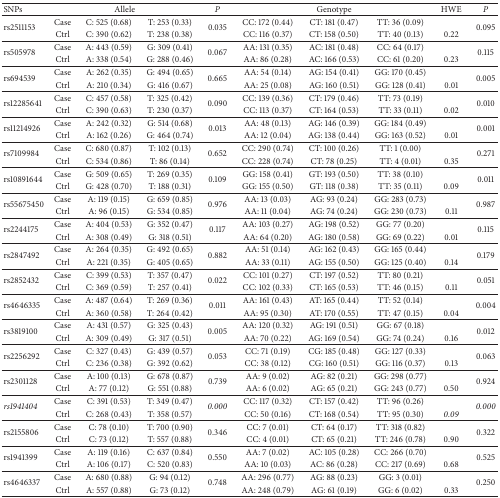
<table><thead><tr><td><b>SNPs</b></td><td colspan="3"><b>Allele</b></td><td><b><i>P</i></b></td><td colspan="3"><b>Genotype</b></td><td><b>HWE</b></td><td><b><i>P</i></b></td></tr></thead><tbody><tr><td rowspan="2">rs2511153</td><td>Case</td><td>C: 525 (0.68)</td><td>T: 253 (0.33)</td><td rowspan="2">0.035</td><td>CC: 172 (0.44)</td><td>CT: 181 (0.47)</td><td>TT: 36 (0.09)</td><td> </td><td rowspan="2">0.095</td></tr><tr><td>Ctrl</td><td>C: 390 (0.62)</td><td>T: 238 (0.38)</td><td>CC: 116 (0.37)</td><td>CT: 158 (0.50)</td><td>TT: 40 (0.13)</td><td>0.22</td></tr><tr><td rowspan="2">rs505978</td><td>Case</td><td>A: 443 (0.59)</td><td>G: 309 (0.41)</td><td rowspan="2">0.067</td><td>AA: 131 (0.35)</td><td>AC: 181 (0.48)</td><td>CC: 64 (0.17)</td><td> </td><td rowspan="2">0.115</td></tr><tr><td>Ctrl</td><td>A: 338 (0.54)</td><td>G: 288 (0.46)</td><td>AA: 86 (0.28)</td><td>AC: 166 (0.53)</td><td>CC: 61 (0.20)</td><td>0.23</td></tr><tr><td rowspan="2">rs694539</td><td>Case</td><td>A: 262 (0.35)</td><td>G: 494 (0.65)</td><td rowspan="2">0.665</td><td>AA: 54 (0.14)</td><td>AG: 154 (0.41)</td><td>GG: 170 (0.45)</td><td> </td><td rowspan="2">0.005</td></tr><tr><td>Ctrl</td><td>A: 210 (0.34)</td><td>G: 416 (0.67)</td><td>AA: 25 (0.08)</td><td>AG: 160 (0.51)</td><td>GG: 128 (0.41)</td><td>0.01</td></tr><tr><td rowspan="2">rs12285641</td><td>Case</td><td>C: 457 (0.58)</td><td>T: 325 (0.42)</td><td rowspan="2">0.090</td><td>CC: 139 (0.36)</td><td>CT: 179 (0.46)</td><td>TT: 73 (0.19)</td><td> </td><td rowspan="2">0.010</td></tr><tr><td>Ctrl</td><td>C: 390 (0.63)</td><td>T: 230 (0.37)</td><td>CC: 113 (0.37)</td><td>CT: 164 (0.53)</td><td>TT: 33 (0.11)</td><td>0.02</td></tr><tr><td rowspan="2">rs11214926</td><td>Case</td><td>A: 242 (0.32)</td><td>G: 514 (0.68)</td><td rowspan="2">0.013</td><td>AA: 48 (0.13)</td><td>AG: 146 (0.39)</td><td>GG: 184 (0.49)</td><td> </td><td rowspan="2">0.001</td></tr><tr><td>Ctrl</td><td>A: 162 (0.26)</td><td>G: 464 (0.74)</td><td>AA: 12 (0.04)</td><td>AG: 138 (0.44)</td><td>GG: 163 (0.52)</td><td>0.01</td></tr><tr><td rowspan="2">rs7109984</td><td>Case</td><td>C: 680 (0.87)</td><td>T: 102 (0.13)</td><td rowspan="2">0.652</td><td>CC: 290 (0.74)</td><td>CT: 100 (0.26)</td><td>TT: 1 (0.00)</td><td> </td><td rowspan="2">0.271</td></tr><tr><td>Ctrl</td><td>C: 534 (0.86)</td><td>T: 86 (0.14)</td><td>CC: 228 (0.74)</td><td>CT: 78 (0.25)</td><td>TT: 4 (0.01)</td><td>0.35</td></tr><tr><td rowspan="2">rs10891644</td><td>Case</td><td>G: 509 (0.65)</td><td>T: 269 (0.35)</td><td rowspan="2">0.109</td><td>GG: 158 (0.41)</td><td>GT: 193 (0.50)</td><td>TT: 38 (0.10)</td><td> </td><td rowspan="2">0.011</td></tr><tr><td>Ctrl</td><td>G: 428 (0.70)</td><td>T: 188 (0.31)</td><td>GG: 155 (0.50)</td><td>GT: 118 (0.38)</td><td>TT: 35 (0.11)</td><td>0.09</td></tr><tr><td rowspan="2">rs55675450</td><td>Case</td><td>A: 119 (0.15)</td><td>G: 659 (0.85)</td><td rowspan="2">0.976</td><td>AA: 13 (0.03)</td><td>AG: 93 (0.24)</td><td>GG: 283 (0.73)</td><td> </td><td rowspan="2">0.987</td></tr><tr><td>Ctrl</td><td>A: 96 (0.15)</td><td>G: 534 (0.85)</td><td>AA: 11 (0.04)</td><td>AG: 74 (0.24)</td><td>GG: 230 (0.73)</td><td>0.11</td></tr><tr><td rowspan="2">rs2244175</td><td>Case</td><td>A: 404 (0.53)</td><td>G: 352 (0.47)</td><td rowspan="2">0.117</td><td>AA: 103 (0.27)</td><td>AG: 198 (0.52)</td><td>GG: 77 (0.20)</td><td> </td><td rowspan="2">0.115</td></tr><tr><td>Ctrl</td><td>A: 308 (0.49)</td><td>G: 318 (0.51)</td><td>AA: 64 (0.20)</td><td>AG: 180 (0.58)</td><td>GG: 69 (0.22)</td><td>0.01</td></tr><tr><td rowspan="2">rs2847492</td><td>Case</td><td>A: 264 (0.35)</td><td>G: 492 (0.65)</td><td rowspan="2">0.882</td><td>AA: 51 (0.14)</td><td>AG: 162 (0.43)</td><td>GG: 165 (0.44)</td><td> </td><td rowspan="2">0.179</td></tr><tr><td>Ctrl</td><td>A: 221 (0.35)</td><td>G: 405 (0.65)</td><td>AA: 33 (0.11)</td><td>AG: 155 (0.50)</td><td>GG: 125 (0.40)</td><td>0.14</td></tr><tr><td rowspan="2">rs2852432</td><td>Case</td><td>C: 399 (0.53)</td><td>T: 357 (0.47)</td><td rowspan="2">0.022</td><td>CC: 101 (0.27)</td><td>CT: 197 (0.52)</td><td>TT: 80 (0.21)</td><td> </td><td rowspan="2">0.051</td></tr><tr><td>Ctrl</td><td>C: 369 (0.59)</td><td>T: 257 (0.41)</td><td>CC: 102 (0.33)</td><td>CT: 165 (0.53)</td><td>TT: 46 (0.15)</td><td>0.11</td></tr><tr><td rowspan="2">rs4646335</td><td>Case</td><td>A: 487 (0.64)</td><td>T: 269 (0.36)</td><td rowspan="2">0.011</td><td>AA: 161 (0.43)</td><td>AT: 165 (0.44)</td><td>TT: 52 (0.14)</td><td> </td><td rowspan="2">0.004</td></tr><tr><td>Ctrl</td><td>A: 360 (0.58)</td><td>T: 264 (0.42)</td><td>AA: 95 (0.30)</td><td>AT: 170 (0.55)</td><td>TT: 47 (0.15)</td><td>0.04</td></tr><tr><td rowspan="2">rs3819100</td><td>Case</td><td>A: 431 (0.57)</td><td>G: 325 (0.43)</td><td rowspan="2">0.005</td><td>AA: 120 (0.32)</td><td>AG: 191 (0.51)</td><td>GG: 67 (0.18)</td><td> </td><td rowspan="2">0.012</td></tr><tr><td>Ctrl</td><td>A: 309 (0.49)</td><td>G: 317 (0.51)</td><td>AA: 70 (0.22)</td><td>AG: 169 (0.54)</td><td>GG: 74 (0.24)</td><td>0.16</td></tr><tr><td rowspan="2">rs2256292</td><td>Case</td><td>C: 327 (0.43)</td><td>G: 439 (0.57)</td><td rowspan="2">0.053</td><td>CC: 71 (0.19)</td><td>CG: 185 (0.48)</td><td>GG: 127 (0.33)</td><td> </td><td rowspan="2">0.063</td></tr><tr><td>Ctrl</td><td>C: 236 (0.38)</td><td>G: 392 (0.62)</td><td>CC: 38 (0.12)</td><td>CG: 160 (0.51)</td><td>GG: 116 (0.37)</td><td>0.13</td></tr><tr><td rowspan="2">rs2301128</td><td>Case</td><td>A: 100 (0.13)</td><td>G: 678 (0.87)</td><td rowspan="2">0.739</td><td>AA: 9 (0.02)</td><td>AG: 82 (0.21)</td><td>GG: 298 (0.77)</td><td> </td><td rowspan="2">0.924</td></tr><tr><td>Ctrl</td><td>A: 77 (0.12)</td><td>G: 551 (0.88)</td><td>AA: 6 (0.02)</td><td>AG: 65 (0.21)</td><td>GG: 243 (0.77)</td><td>0.50</td></tr><tr><td rowspan="2"><i>rs1941404</i></td><td>Case</td><td>C: 391 (0.53)</td><td>T: 349 (0.47)</td><td rowspan="2"><i>0.000</i></td><td>CC: 117 (0.32)</td><td>CT: 157 (0.42)</td><td>TT: 96 (0.26)</td><td> </td><td rowspan="2"><i>0.000</i></td></tr><tr><td>Ctrl</td><td>C: 268 (0.43)</td><td>T: 358 (0.57)</td><td>CC: 50 (0.16)</td><td>CT: 168 (0.54)</td><td>TT: 95 (0.30)</td><td><i>0.09</i></td></tr><tr><td rowspan="2">rs2155806</td><td>Case</td><td>C: 78 (0.10)</td><td>T: 700 (0.90)</td><td rowspan="2">0.346</td><td>CC: 7 (0.01)</td><td>CT: 64 (0.17)</td><td>TT: 318 (0.82)</td><td> </td><td rowspan="2">0.322</td></tr><tr><td>Ctrl</td><td>C: 73 (0.12)</td><td>T: 557 (0.88)</td><td>CC: 4 (0.01)</td><td>CT: 65 (0.21)</td><td>TT: 246 (0.78)</td><td>0.90</td></tr><tr><td rowspan="2">rs1941399</td><td>Case</td><td>A: 119 (0.16)</td><td>C: 637 (0.84)</td><td rowspan="2">0.550</td><td>AA: 7 (0.02)</td><td>AC: 105 (0.28)</td><td>CC: 266 (0.70)</td><td> </td><td rowspan="2">0.525</td></tr><tr><td>Ctrl</td><td>A: 106 (0.17)</td><td>C: 520 (0.83)</td><td>AA: 10 (0.03)</td><td>AC: 86 (0.28)</td><td>CC: 217 (0.69)</td><td>0.68</td></tr><tr><td rowspan="2">rs4646337</td><td>Case</td><td>A: 680 (0.88)</td><td>G: 94 (0.12)</td><td rowspan="2">0.748</td><td>AA: 296 (0.77)</td><td>AG: 88 (0.23)</td><td>GG: 3 (0.01)</td><td> </td><td rowspan="2">0.250</td></tr><tr><td>Ctrl</td><td>A: 557 (0.88)</td><td>G: 73 (0.12)</td><td>AA: 248 (0.79)</td><td>AG: 61 (0.19)</td><td>GG: 6 (0.02)</td><td>0.33</td></tr></tbody></table>